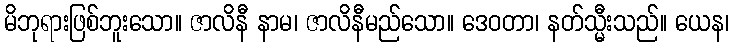
မိဘုရားဖြစ်ဘူးသော။ ဇာလိနီ နာမ၊ ဇာလိနီမည်သော။ ဒေဝတာ၊ နတ်သ္မီးသည်။ ယေန၊